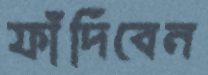
ফাঁদিবেন